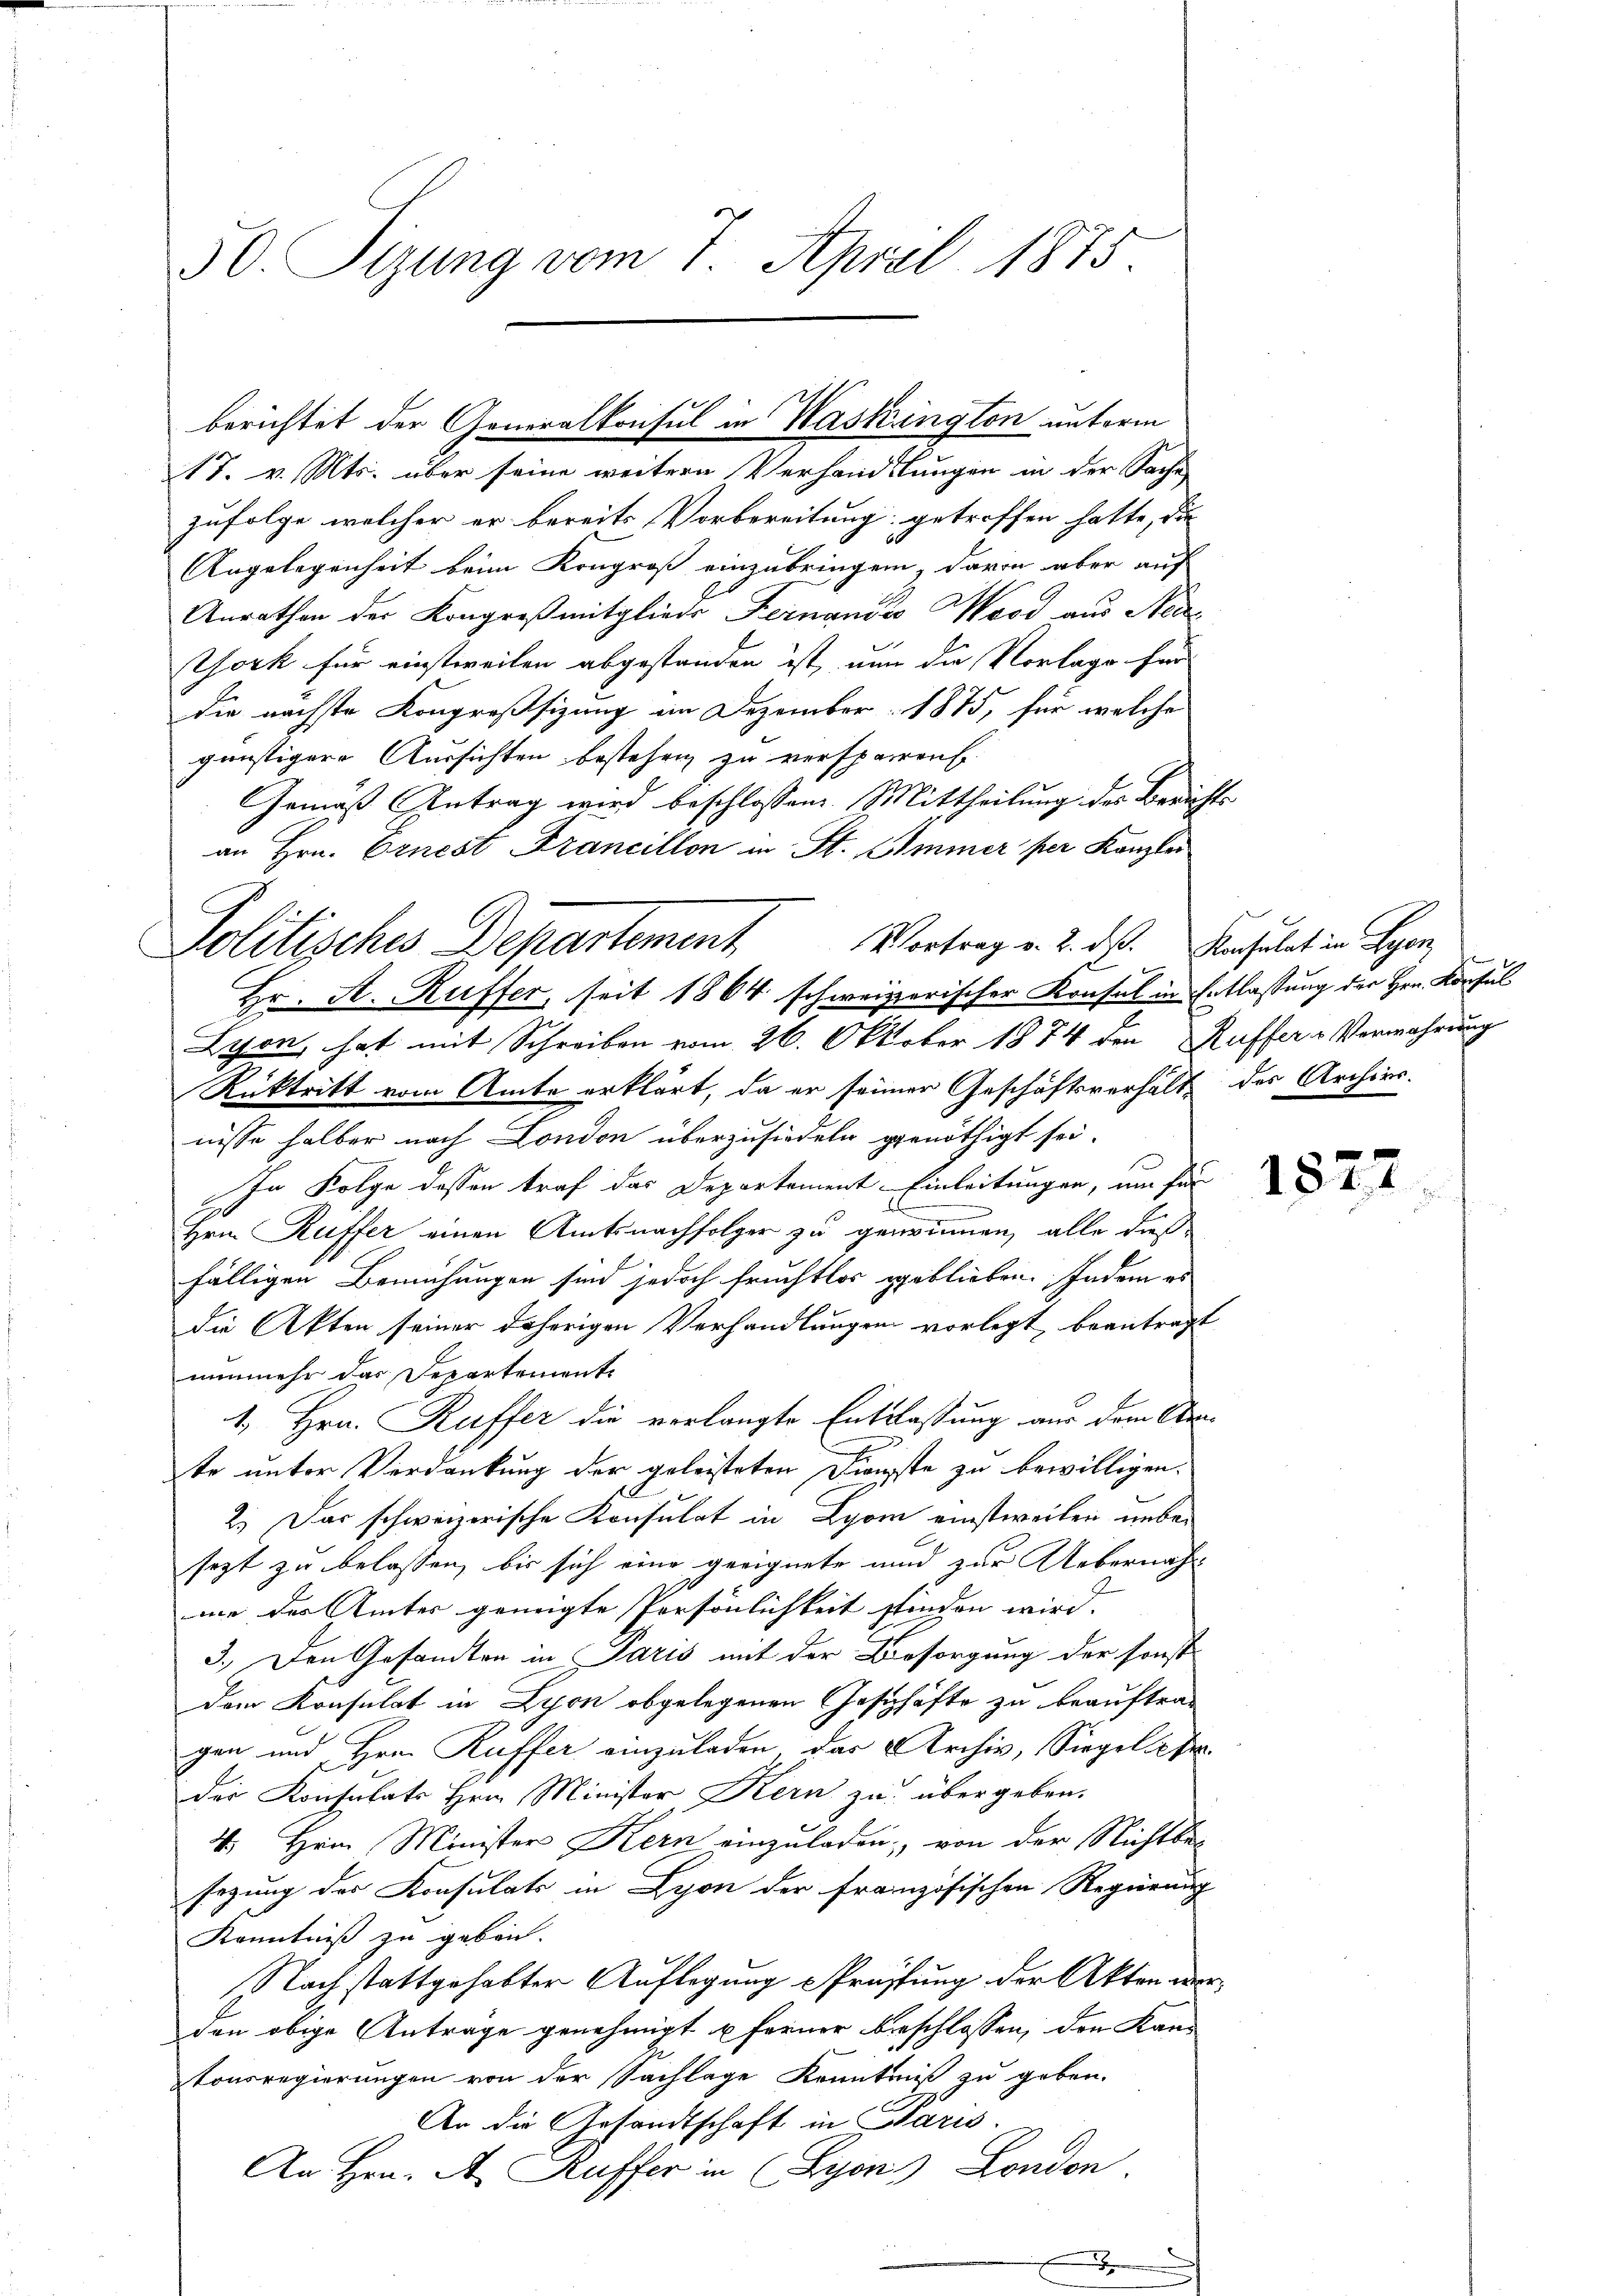
50. Sizung vom 7. April 1875.

17. v. Mts. über seine weitern Verhandlungen in der Sache
zufolge welcher er bereits Vorbereitung getroffen hatte, die
Angelegenheit beim Kongross einzubringen, davon aber auf
Anrathen der Kongreß mitgliede Fernande Wood aus Neue
York für einstweilen abgestanden ist, nun die Vorlage für
die nächste Kongreßsizung im Dezember 1875, für welche
günstigere Aussichten bestehen zu versparen.
Gemäß Antrag wird beschlossene Mittheilung der Zürichan Hrn. Ernest Francillon in St. Simmer per Kanzler
Rüktritt vom Amte erklärt, da er seiner Geschäftsverhält des Archivs.
nisse halber nach London überzusiedeln genöthigt sei.
In Folge dessen traf das Departement Einleitungen, um für
Hrn. Ruffer einen Amtsnachfolger zu gerinnen, alle dieß
fälligen Bemühungen sind jedoch fruchtlos geblieben. Indem es
die Akten seiner daherigen Verhandlungen vorlegt, beantragnunmehr das Departemente
1. Hrn. Ruffer die verlangte Entlassung aus dem Ante unter Verdankung der geleisteten Dienste zu bewilligen.
2.) Das schweizerische Konsulat in Lyon einstweilen unbesezt zu belassen, bis sich eine geeignete und zur Uebernah
me des Amter geneigte Persönlichkeit finden wird.
3.) Den Gesandten in Paris mit der Besorgung der sonst
dem Konsulat in Lyon obgelegenen Geschäfte zu beauftragen und Hrn. Kuffer einzuladen das Archiv, Siegel ab
der Konsulats Hrn. Minister Kern zu übergeben.
4. Hrn. Ministers Kern einzuladen; von der Nichtbar-
sezung des Konsulats in Lyon der französischen Regierung
Kenntniß zu geben.
Nach stattgehabter Auflegung Prüffung der Akten u
den obige Anträge genehmigt u ferner beschlossen, den Kan-
tonsregierungen von der Sachlage Kenntniß zu geben.
An die Gesandtschaft in Paris.
An Hrn. A. Kuffer in Lyon London.

Politisches Departement Vortrag v. 2. ds. Konsulat in Segen,
Hr. A. Kuffer, seit 1864 schweizerischer Konsul in Entlassung der Hrn. Konsul
Lyon, hat mit Schreiben vom 26. Oktober 1874 den Kuffer Verwahrung

berichtet der Generalkonsul in Waskington unterm

i

¬

1822